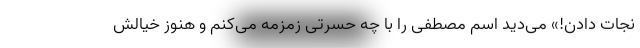
نجات دادن!» می‌دید اسم مصطفی را با چه حسرتی زمزمه می‌کنم و هنوز خیالش